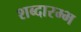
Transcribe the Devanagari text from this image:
शब्दारम्भ